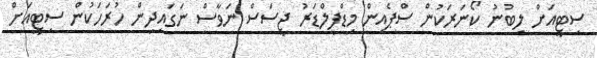
ސިޓީއަށް ލިބުނު ކޯނަރަކުން ސްޕެއިން މިޑްފީލްޑަރު ޖީސަސް ނަވާސް ނަގައިދިން ހުރަހަކުން ސިޓީއަށް